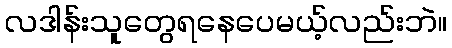
လဒါန်းသူတွေရနေပေမယ့်လည်းဘဲ။